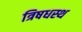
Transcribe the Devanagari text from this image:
त्रिषधस्थ